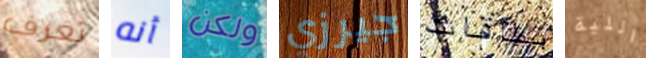
تعرف أنه ولكن جيرزي بطاقات اللية